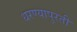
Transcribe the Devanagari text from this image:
धरण्यापुरती